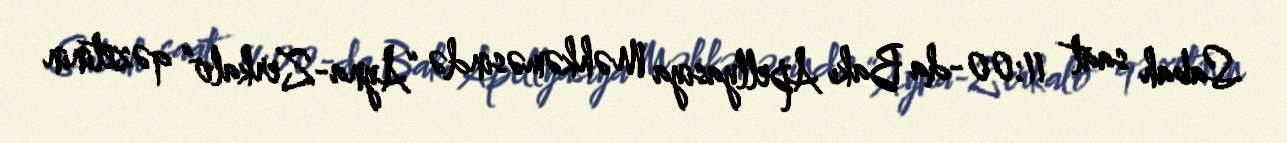
Sabah saat 11:00-da Bakı Apellyasiya Məhkəməsində “Ayna-Zerkalo” qəzetinin